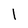
Character: l